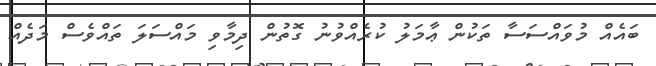
ބައެއް މުވައްސަސާ ތަކުން ޢާމަލު ކުރެއްވުނު ގޮތުން ދިމާވި މައްސަލަ ތައްވެސް މަދެއް